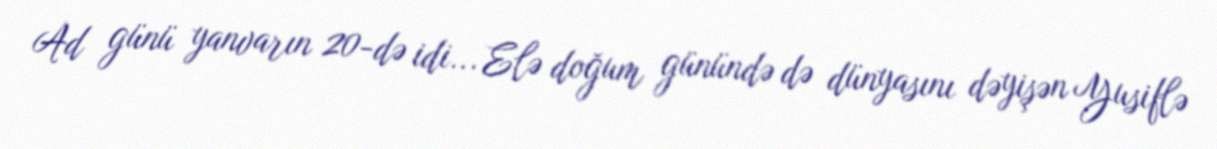
Ad günü yanvarın 20-də idi... Elə doğum günündə də dünyasını dəyişən Yusiflə